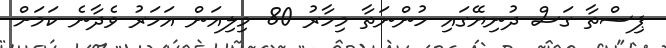
ޕިސްތާ ގަސް ދުނިޔޭގައި ހުންނަތާ މިހާރު 80 މިލިއަން އަހަރު ވެދާނެ ކަމަށް